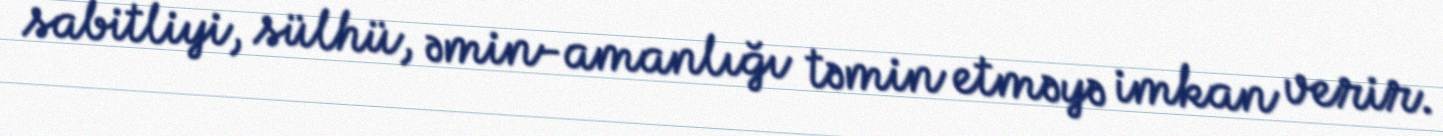
sabitliyi, sülhü, əmin-amanlığı təmin etməyə imkan verir.